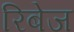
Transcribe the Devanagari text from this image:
रिबेज